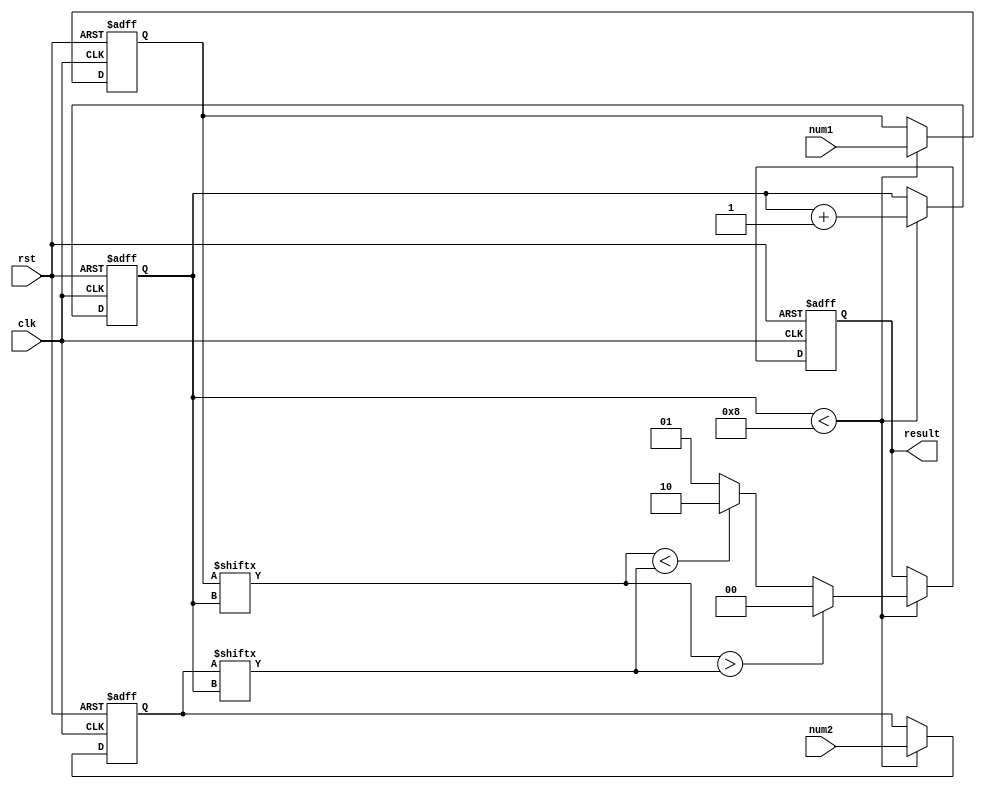
module serial_comparator (
  input clk,
  input rst,
  input [7:0] num1,
  input [7:0] num2,
  output reg [1:0] result
);

reg [7:0] reg_num1, reg_num2;
reg [7:0] count;

always @(posedge clk or posedge rst) begin
  if (rst) begin
    reg_num1 <= 8'b0;
    reg_num2 <= 8'b0;
    count <= 8'b0;
    result <= 2'b0;
  end else begin
    if (count < 8) begin
      reg_num1 <= num1;
      reg_num2 <= num2;
      if (reg_num1[count] > reg_num2[count]) begin
        result <= 2'b00; // num1 is greater than num2
      end else if (reg_num1[count] < reg_num2[count]) begin
        result <= 2'b10; // num1 is less than num2
      end else begin
        result <= 2'b01; // num1 is equal to num2
      end
      count <= count + 1;
    end
  end
end

endmodule